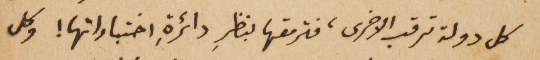
كل دولة ترقب الاخرى، فترمقها بنظرِ دائرةِ اختباراتها! وكل